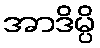
အာဒိမ္ပိ